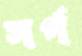
সর্গ